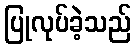
ပြုလုပ်ခဲ့သည်